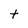
Character: h